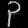
Digit: ၃